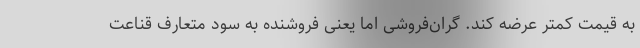
به قیمت کمتر عرضه کند. گران‌فروشی اما یعنی فروشنده به سود متعارف قناعت